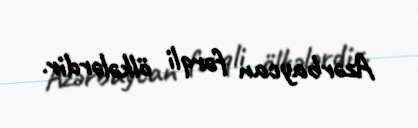
Azərbaycan fərqli ölkələrdir.